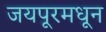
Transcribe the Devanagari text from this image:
जयपूरमधून